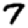
Digit: 7